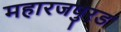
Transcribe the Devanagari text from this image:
महारजपुरड